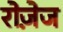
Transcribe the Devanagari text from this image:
रोज़ेज